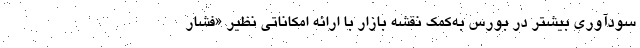
سودآوری بیشتر در بورس به‌کمک نقشه بازار با ارائه امکاناتی نظیر «فشار